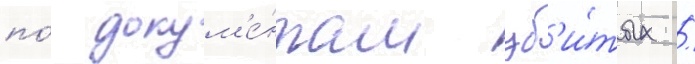
по́ докум'е́нтам уб'и́тых /